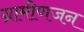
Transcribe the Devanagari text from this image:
ग्रामीणजन